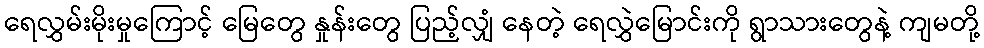
ရေလွှမ်းမိုးမှုကြောင့် မြေတွေ နှုန်းတွေ ပြည့်လျှံ နေတဲ့ ရေလွှဲမြောင်းကို ရွာသားတွေနဲ့ ကျမတို့